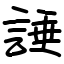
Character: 諈